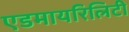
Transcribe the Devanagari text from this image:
एडमायरिलिटी